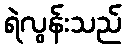
ရဲလွန်းသည်